Report of the Indian Hemp Drugs Commission, 1894-1895 - Volume I
Year: 1894
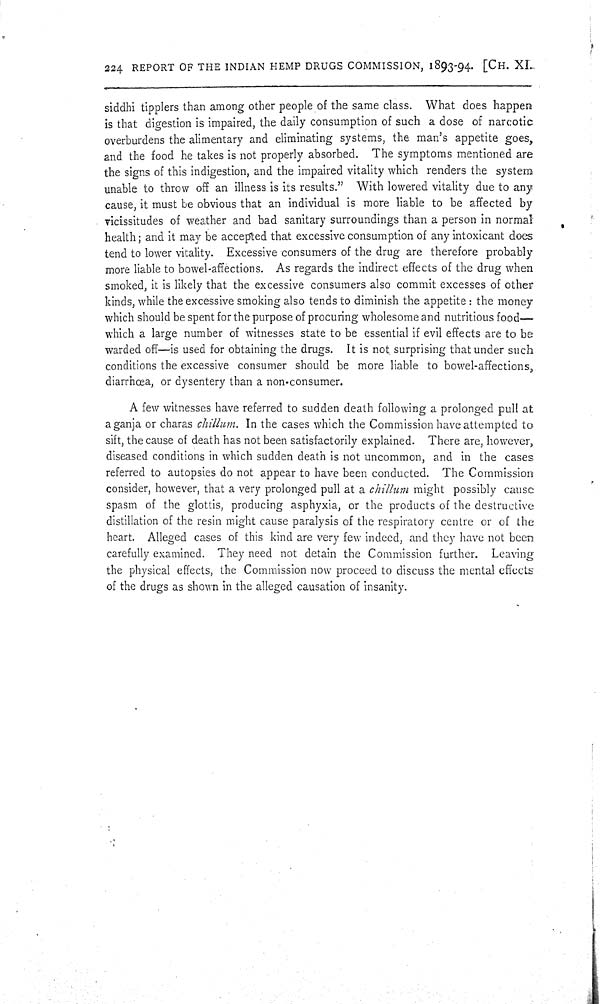
224 REPORT OF THE INDIAN HEMP DRUGS COMMISSION, 1893-94. [CH. XI.
siddhi tipplers than among other people of the same class. What does happen
is that digestion is impaired, the daily consumption of such a dose of narcotic
overburdens the alimentary and eliminating systems, the man's appetite goes,
and the food he takes is not properly absorbed. The symptoms mentioned are
the signs of this indigestion, and the impaired vitality which renders the system
unable to throw off an illness is its results." With lowered vitality due to any
cause, it must be obvious that an individual is more liable to be affected by
vicissitudes of weather and bad sanitary surroundings than a person in normal
health; and it may be accepted that excessive consumption of any intoxicant does
tend to lower vitality. Excessive consumers of the drug are therefore probably
more liable to bowel-affections. As regards the indirect effects of the drug when
smoked, it is likely that the excessive consumers also commit excesses of other
kinds, while the excessive smoking also tends to diminish the appetite: the money
which should be spent for the purpose of procuring wholesome and nutritious food—
which a large number of witnesses state to be essential if evil effects are to be
warded off—is used for obtaining the drugs. It is not. surprising that under such
conditions the excessive consumer should be more liable to bowel-affections,
diarrhœa, or dysentery than a non-consumer.
A few witnesses have referred to sudden death following a prolonged pull at
a ganja or charas chillum. In the cases which the Commission have attempted to
sift, the cause of death has not been satisfactorily explained. There are, however,
diseased conditions in which sudden death is not uncommon, and in the cases
referred to autopsies do not appear to have been conducted. The Commission
consider, however, that a very prolonged pull at a chillum might possibly cause
spasm of the glottis, producing asphyxia, or the products of the destructive
distillation of the resin might cause paralysis of the respiratory centre or of the
heart. Alleged cases of this kind are very few indeed, and they have not been
carefully examined. They need not detain the Commission further. Leaving
the physical effects, the Commission now proceed to discuss the mental effects
of the drugs as shown in the alleged causation of insanity.